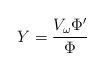
LaTeX: \begin{align*}Y = \frac{V_\omega \Phi'}{\Phi}\end{align*}